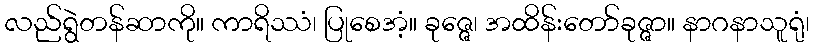
လည်ရွဲတန်ဆာကို။ ကာရိဿံ၊ ပြုစေအံ့။ ခုဇ္ဇေ၊ အထိန်းတော်ခုဇ္ဇာ။ နာဂနာသူရုံ၊